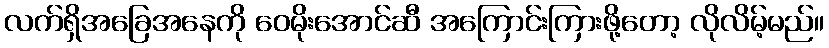
လက်ရှိအခြေအနေကို ဝေမိုးအောင်ဆီ အကြောင်းကြားဖို့တော့ လိုလိမ့်မည်။